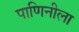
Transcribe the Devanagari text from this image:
पाणिनीला